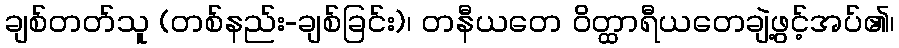
ချစ်တတ်သူ (တစ်နည်း-ချစ်ခြင်း)၊ တနီယတေ ဝိတ္ထာရီယတေချဲ့ဖွင့်အပ်၏၊